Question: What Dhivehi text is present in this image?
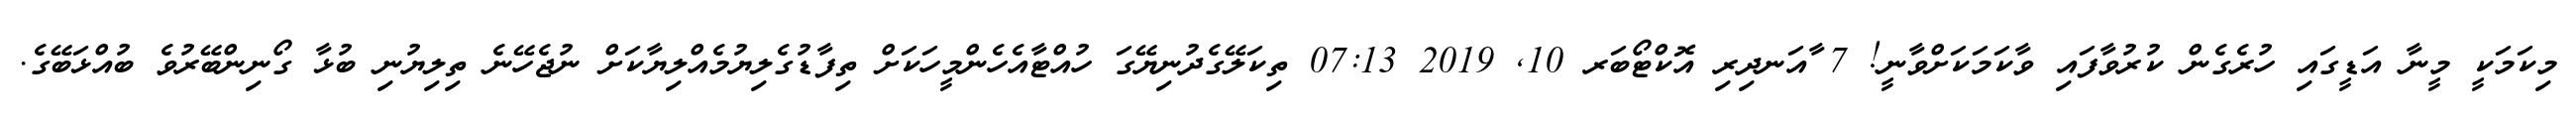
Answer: މިކަމަކީ މީނާ އަޑީގައި ހުރެގެން ކުރުވާފައި ވާކަމަކަށްވާނީ! 7 ާއަނދިރި އޮކްޓޯބަރ 10, 2019 07:13 ތިކަލޭގެދުނިޔޭގަ ހުއްޓާއެހެންމީހަކަށް ތިފާޑުގެލިޔުމެއްލިޔާކަށް ނުޖެހޭނެ ތިލިޔުނި ބުޅާ ގޯނިންބޭރުވެ ބުއްޅަބޭގެ.